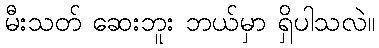
မီးသတ် ဆေးဘူး ဘယ်မှာ ရှိပါသလဲ။